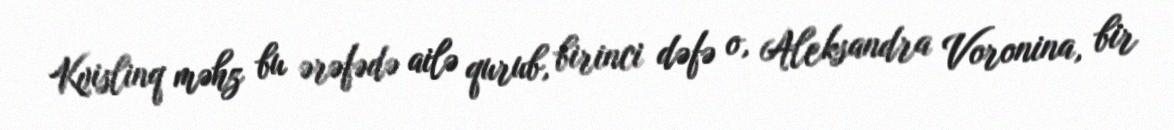
Kvislinq məhz bu ərəfədə ailə qurub, birinci dəfə o, Aleksandra Voronina, bir